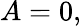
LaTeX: A=0,